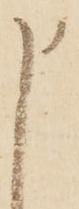
申